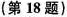
(第18题)